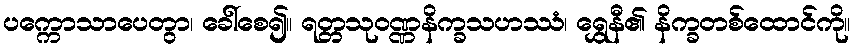
ပက္ကောသာပေတွာ၊ ခေါ်စေ၍။ ရတ္တသုဝဏ္ဏနိက္ခသဟဿံ၊ ရွှေနီ၏ နိက္ခတစ်ထောင်ကို။